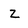
Character: Z